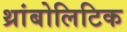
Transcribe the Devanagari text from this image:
थ्रांबोलिटिक